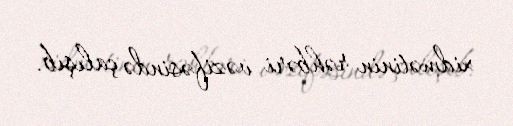
xidmətinin rəhbəri vəzifəsində çalışıb.